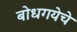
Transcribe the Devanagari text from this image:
बोधगयेचे